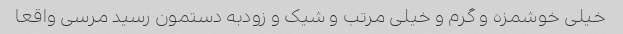
خیلی خوشمزه و گرم و خیلی مرتب و شیک و زودبه دستمون رسید مرسی واقعا